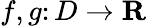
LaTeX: f,g\colon D\rightarrow\mathbf{R}